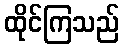
ထိုင်ကြသည်